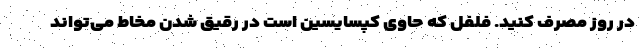
در روز مصرف کنید. فلفل که حاوی کپسایسین است در رقیق شدن مخاط می‌تواند